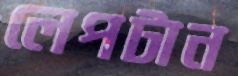
লেপটান